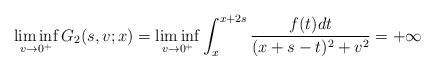
LaTeX: \begin{align*}\liminf_{v\rightarrow 0^+}G_2(s,v;x)=\liminf_{v\rightarrow 0^+}\int_{x}^{x+2s}\frac{f(t)dt}{(x+s-t)^2+v^2}=+\infty\end{align*}